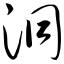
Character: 洞